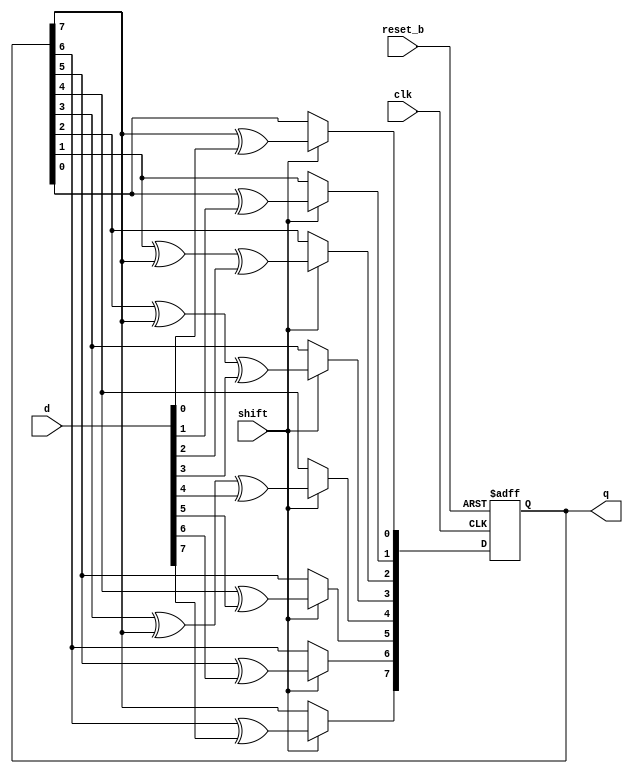
module misr(
    input clk, reset_b, shift,
	input [7:0] d,
    output reg [7:0] q
    );	 
    
	 //Characteristic Eqn: x^8 + x^4 + x^3 + x^2 + 1
	 always @(posedge clk, negedge reset_b) begin
		if(~reset_b)
			q <= 8'b0;  //initial seed = 0
		else if(shift) begin
			q[0] <= q[7]^d[0];
			q[1] <= q[0]^d[1];
			q[2] <= q[1]^q[7]^d[2];
			q[3] <= q[2]^q[7]^d[3];
			q[4] <= q[3]^q[7]^d[4];
			q[5] <= q[4]^d[5];
			q[6] <= q[5]^d[6];
			q[7] <= q[6]^d[7];
		end
	 end
	 
	  
endmodule